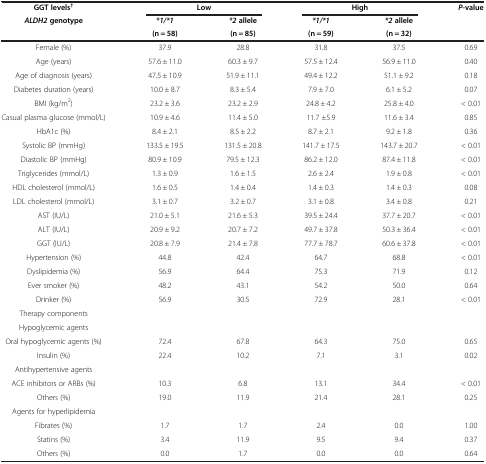
<table><thead><tr><td><b>GGT levels<sup>†</sup></b></td><td colspan="2"><b>Low</b></td><td colspan="2"><b>High</b></td><td rowspan="3"><b><i>P</i>-value</b></td></tr><tr><td rowspan="2"><b><i>ALDH2 </i>genotype</b></td><td><b><i>*1/*1</i></b></td><td><b><i>*2 </i>allele</b></td><td><b><i>*1/*1</i></b></td><td><b><i>*2 </i>allele</b></td></tr><tr><td><b>(n = 58)</b></td><td><b>(n = 85)</b></td><td><b>(n = 59)</b></td><td><b>(n = 32)</b></td></tr></thead><tbody><tr><td>Female (%)</td><td>37.9</td><td>28.8</td><td>31.8</td><td>37.5</td><td>0.69</td></tr><tr><td>Age (years)</td><td>57.6 ± 11.0</td><td>60.3 ± 9.7</td><td>57.5 ± 12.4</td><td>56.9 ± 11.0</td><td>0.40</td></tr><tr><td>Age of diagnosis (years)</td><td>47.5 ± 10.9</td><td>51.9 ± 11.1</td><td>49.4 ± 12.2</td><td>51.1 ± 9.2</td><td>0.18</td></tr><tr><td>Diabetes duration (years)</td><td>10.0 ± 8.7</td><td>8.3 ± 5.4</td><td>7.9 ± 7.0</td><td>6.1 ± 5.2</td><td>0.07</td></tr><tr><td>BMI (kg/m<sup>2</sup>)</td><td>23.2 ± 3.6</td><td>23.2 ± 2.9</td><td>24.8 ± 4.2</td><td>25.8 ± 4.0</td><td>&lt; 0.01</td></tr><tr><td>Casual plasma glucose (mmol/L)</td><td>10.9 ± 4.6</td><td>11.4 ± 5.0</td><td>11.7 ±5.9</td><td>11.6 ± 3.4</td><td>0.85</td></tr><tr><td>HbA1c (%)</td><td>8.4 ± 2.1</td><td>8.5 ± 2.2</td><td>8.7 ± 2.1</td><td>9.2 ± 1.8</td><td>0.36</td></tr><tr><td>Systolic BP (mmHg)</td><td>133.5 ± 19.5</td><td>131.5 ± 20.8</td><td>141.7 ± 17.5</td><td>143.7 ± 20.7</td><td>&lt; 0.01</td></tr><tr><td>Diastolic BP (mmHg)</td><td>80.9 ± 10.9</td><td>79.5 ± 12.3</td><td>86.2 ± 12.0</td><td>87.4 ± 11.8</td><td>&lt; 0.01</td></tr><tr><td>Triglycerides (mmol/L)</td><td>1.3 ± 0.9</td><td>1.6 ± 1.5</td><td>2.6 ± 2.4</td><td>1.9 ± 0.8</td><td>&lt; 0.01</td></tr><tr><td>HDL cholesterol (mmol/L)</td><td>1.6 ± 0.5</td><td>1.4 ± 0.4</td><td>1.4 ± 0.3</td><td>1.4 ± 0.3</td><td>0.08</td></tr><tr><td>LDL cholesterol (mmol/L)</td><td>3.1 ± 0.7</td><td>3.2 ± 0.7</td><td>3.1 ± 0.8</td><td>3.4 ± 0.8</td><td>0.21</td></tr><tr><td>AST (IU/L)</td><td>21.0 ± 5.1</td><td>21.6 ± 5.3</td><td>39.5 ± 24.4</td><td>37.7 ± 20.7</td><td>&lt; 0.01</td></tr><tr><td>ALT (IU/L)</td><td>20.9 ± 9.2</td><td>20.7 ± 7.2</td><td>49.7 ± 37.8</td><td>50.3 ± 36.4</td><td>&lt; 0.01</td></tr><tr><td>GGT (IU/L)</td><td>20.8 ± 7.9</td><td>21.4 ± 7.8</td><td>77.7 ± 78.7</td><td>60.6 ± 37.8</td><td>&lt; 0.01</td></tr><tr><td>Hypertension (%)</td><td>44.8</td><td>42.4</td><td>64.7</td><td>68.8</td><td>&lt; 0.01</td></tr><tr><td>Dyslipidemia (%)</td><td>56.9</td><td>64.4</td><td>75.3</td><td>71.9</td><td>0.12</td></tr><tr><td>Ever smoker (%)</td><td>48.2</td><td>43.1</td><td>54.2</td><td>50.0</td><td>0.64</td></tr><tr><td>Drinker (%)</td><td>56.9</td><td>30.5</td><td>72.9</td><td>28.1</td><td>&lt; 0.01</td></tr><tr><td>Therapy components</td><td>[EMPTY_CELL]</td><td>[EMPTY_CELL]</td><td>[EMPTY_CELL]</td><td>[EMPTY_CELL]</td><td>[EMPTY_CELL]</td></tr><tr><td>Hypoglycemic agents</td><td>[EMPTY_CELL]</td><td>[EMPTY_CELL]</td><td>[EMPTY_CELL]</td><td>[EMPTY_CELL]</td><td>[EMPTY_CELL]</td></tr><tr><td>Oral hypoglycemic agents (%)</td><td>72.4</td><td>67.8</td><td>64.3</td><td>75.0</td><td>0.65</td></tr><tr><td>Insulin (%)</td><td>22.4</td><td>10.2</td><td>7.1</td><td>3.1</td><td>0.02</td></tr><tr><td>Antihypertensive agents</td><td>[EMPTY_CELL]</td><td>[EMPTY_CELL]</td><td>[EMPTY_CELL]</td><td>[EMPTY_CELL]</td><td>[EMPTY_CELL]</td></tr><tr><td>ACE inhibitors or ARBs (%)</td><td>10.3</td><td>6.8</td><td>13.1</td><td>34.4</td><td>&lt; 0.01</td></tr><tr><td>Others (%)</td><td>19.0</td><td>11.9</td><td>21.4</td><td>28.1</td><td>0.25</td></tr><tr><td>Agents for hyperlipidemia</td><td>[EMPTY_CELL]</td><td>[EMPTY_CELL]</td><td>[EMPTY_CELL]</td><td>[EMPTY_CELL]</td><td>[EMPTY_CELL]</td></tr><tr><td>Fibrates (%)</td><td>1.7</td><td>1.7</td><td>2.4</td><td>0.0</td><td>1.00</td></tr><tr><td>Statins (%)</td><td>3.4</td><td>11.9</td><td>9.5</td><td>9.4</td><td>0.37</td></tr><tr><td>Others (%)</td><td>0.0</td><td>1.7</td><td>0.0</td><td>0.0</td><td>0.64</td></tr></tbody></table>